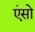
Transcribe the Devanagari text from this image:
एंसो